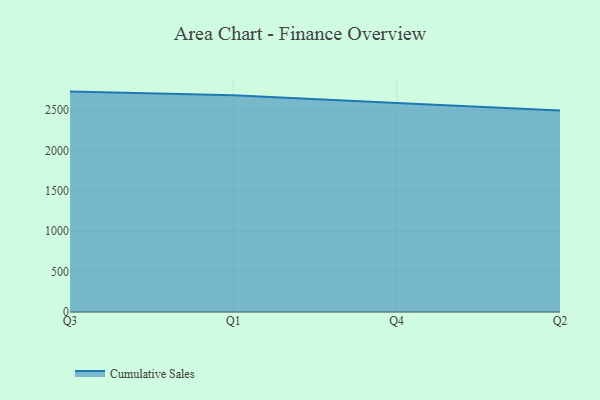
{"axis": {"x": "Quarter", "y": "Energy Usage (MWh)"}, "legend": ["Cumulative Sales"], "data": [{"x": "Q3", "y": 2730.8, "type": "Cumulative Sales"}, {"x": "Q1", "y": 2686.3, "type": "Cumulative Sales"}, {"x": "Q4", "y": 2590.8, "type": "Cumulative Sales"}, {"x": "Q2", "y": 2497.9, "type": "Cumulative Sales"}]}